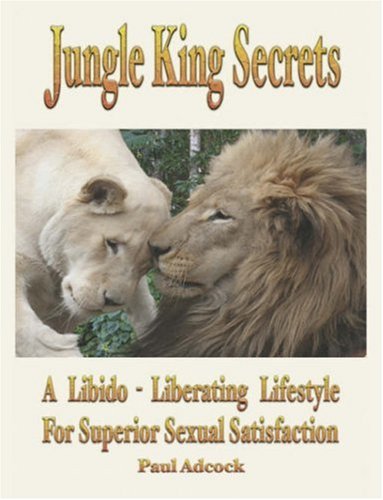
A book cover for Jungle King Secrets: A Libido-Liberating Lifestyle for Superior Sexual Satisfaction; Paul Adcock; Health, Fitness & Dieting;